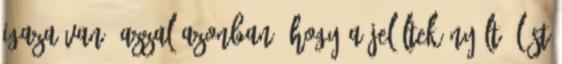
igaza van, azzal azonban, hogy a jelöltek nyílt ülést